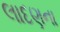
લાદણના